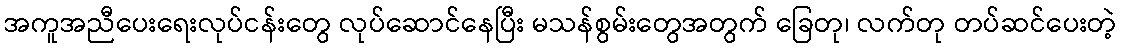
အကူအညီပေးရေးလုပ်ငန်းတွေ လုပ်ဆောင်နေပြီး မသန်စွမ်းတွေအတွက် ခြေတု၊ လက်တု တပ်ဆင်ပေးတဲ့